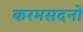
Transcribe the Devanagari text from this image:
करमसदनो